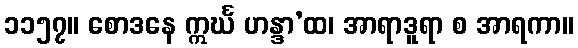
၁၁၅၇။ စောဒနေ ဣင်္ဃ ဟန္ဒာ’ထ၊ အာရာဒူရာ စ အာရကာ။